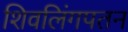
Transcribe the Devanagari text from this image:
शिवलिंगपतन